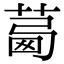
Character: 𦴛